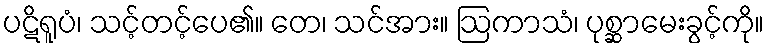
ပဋိရူပံ၊ သင့်တင့်ပေ၏။ တေ၊ သင်အား။ ဩကာသံ၊ ပုစ္ဆာမေးခွင့်ကို။